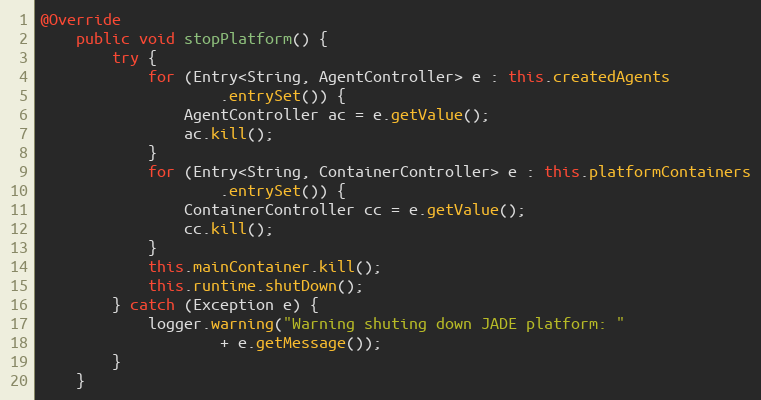
Language: Java
@Override
    public void stopPlatform() {
        try {
            for (Entry<String, AgentController> e : this.createdAgents
                    .entrySet()) {
                AgentController ac = e.getValue();
                ac.kill();
            }
            for (Entry<String, ContainerController> e : this.platformContainers
                    .entrySet()) {
                ContainerController cc = e.getValue();
                cc.kill();
            }
            this.mainContainer.kill();
            this.runtime.shutDown();
        } catch (Exception e) {
            logger.warning("Warning shuting down JADE platform: "
                    + e.getMessage());
        }
    }